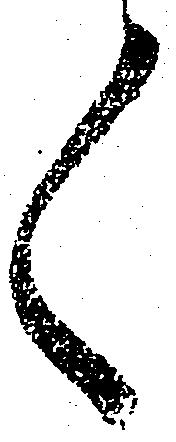
言